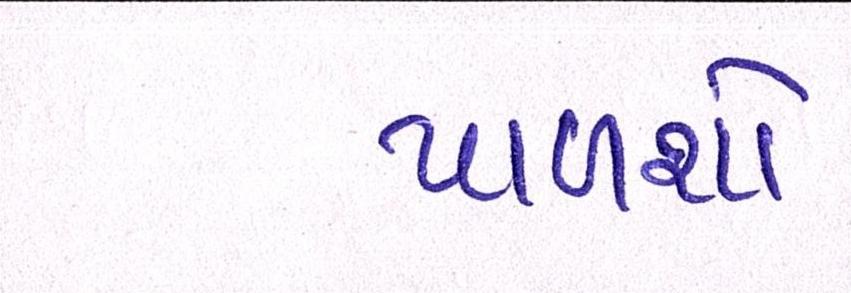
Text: પાળશો